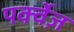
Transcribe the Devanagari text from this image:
पर्क्वेज़